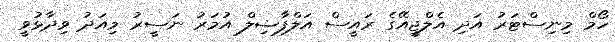
ހޯމް މިނިސްޓަރު އަދި އެލްޖީއޭގެ ރައީސް އަލްފާޟިލް އުމަރު ނަސީރު މިއަދު ވިދާޅުވީ